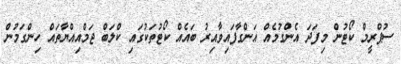
ސުޕްރީމް ކޯޓުން މިފަދަ އެންގުމެއް އަންގާފައިވާއިރު ބައެއް ކޯޓުތަކުގައި ކްލަބް ޖަމްއިއްޔާތައް ހިންގަމުން